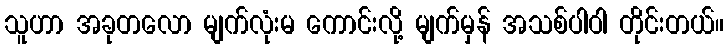
သူဟာ အခုတလော မျက်လုံးမ ကောင်းလို့ မျက်မှန် အသစ်ပါဝါ တိုင်းတယ်။